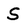
Character: S